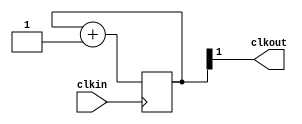
module freq_div4 (
   input clkin,
   output clkout
   );
   
   reg [1:0] count = 0;
   
   assign clkout = count[1];
   
   always @(posedge clkin)
      count <= count + 1;
      
endmodule